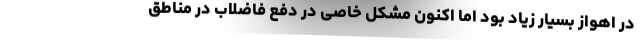
در اهواز بسیار زیاد بود اما اکنون مشکل خاصی در دفع فاضلاب در مناطق